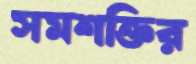
সমশক্তির